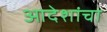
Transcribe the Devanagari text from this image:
आदेशांचा